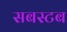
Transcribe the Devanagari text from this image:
सबस्टब